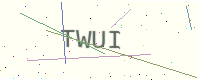
Text: TWUI